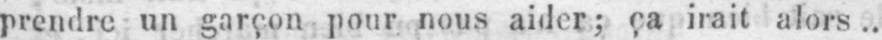
prendre un garçon pour nous aider; ça irait alors..